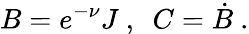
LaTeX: B=e^{-\nu}J\ ,\ \ C=\dot{B}\ .